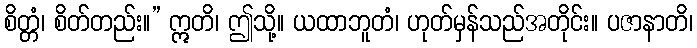
စိတ္တံ၊ စိတ်တည်း။” ဣတိ၊ ဤသို့။ ယထာဘူတံ၊ ဟုတ်မှန်သည်အတိုင်း။ ပဇာနာတိ၊